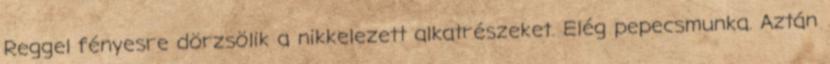
Reggel fényesre dörzsölik a nikkelezett alkatrészeket. Elég pepecsmunka. Aztán